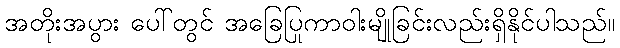
အတိုးအပွား ပေါ်တွင် အခြေပြုကာဝါးမျိုခြင်းလည်းရှိနိုင်ပါသည်။